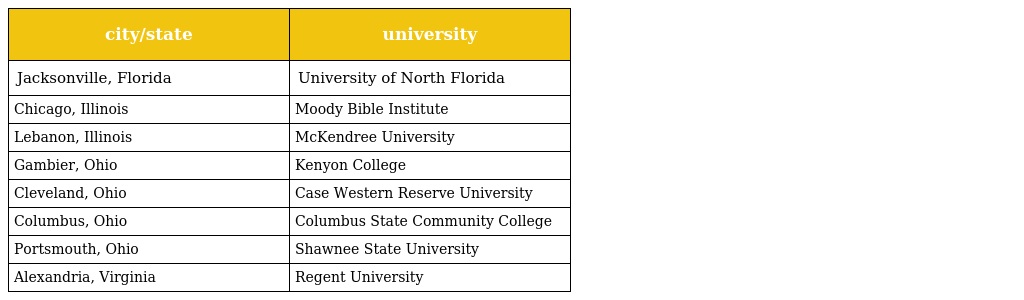
| city/state | university |
 | --- | --- |
 | Jacksonville, Florida | University of North Florida |
 | Chicago, Illinois | Moody Bible Institute |
 | Lebanon, Illinois | McKendree University |
 | Gambier, Ohio | Kenyon College |
 | Cleveland, Ohio | Case Western Reserve University |
 | Columbus, Ohio | Columbus State Community College |
 | Portsmouth, Ohio | Shawnee State University |
 | Alexandria, Virginia | Regent University |